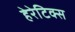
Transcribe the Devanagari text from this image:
हेरेटिक्स